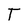
Character: T